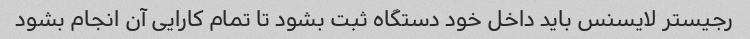
رجیستر لایسنس باید داخل خود دستگاه ثبت بشود تا تمام کارایی آن انجام بشود